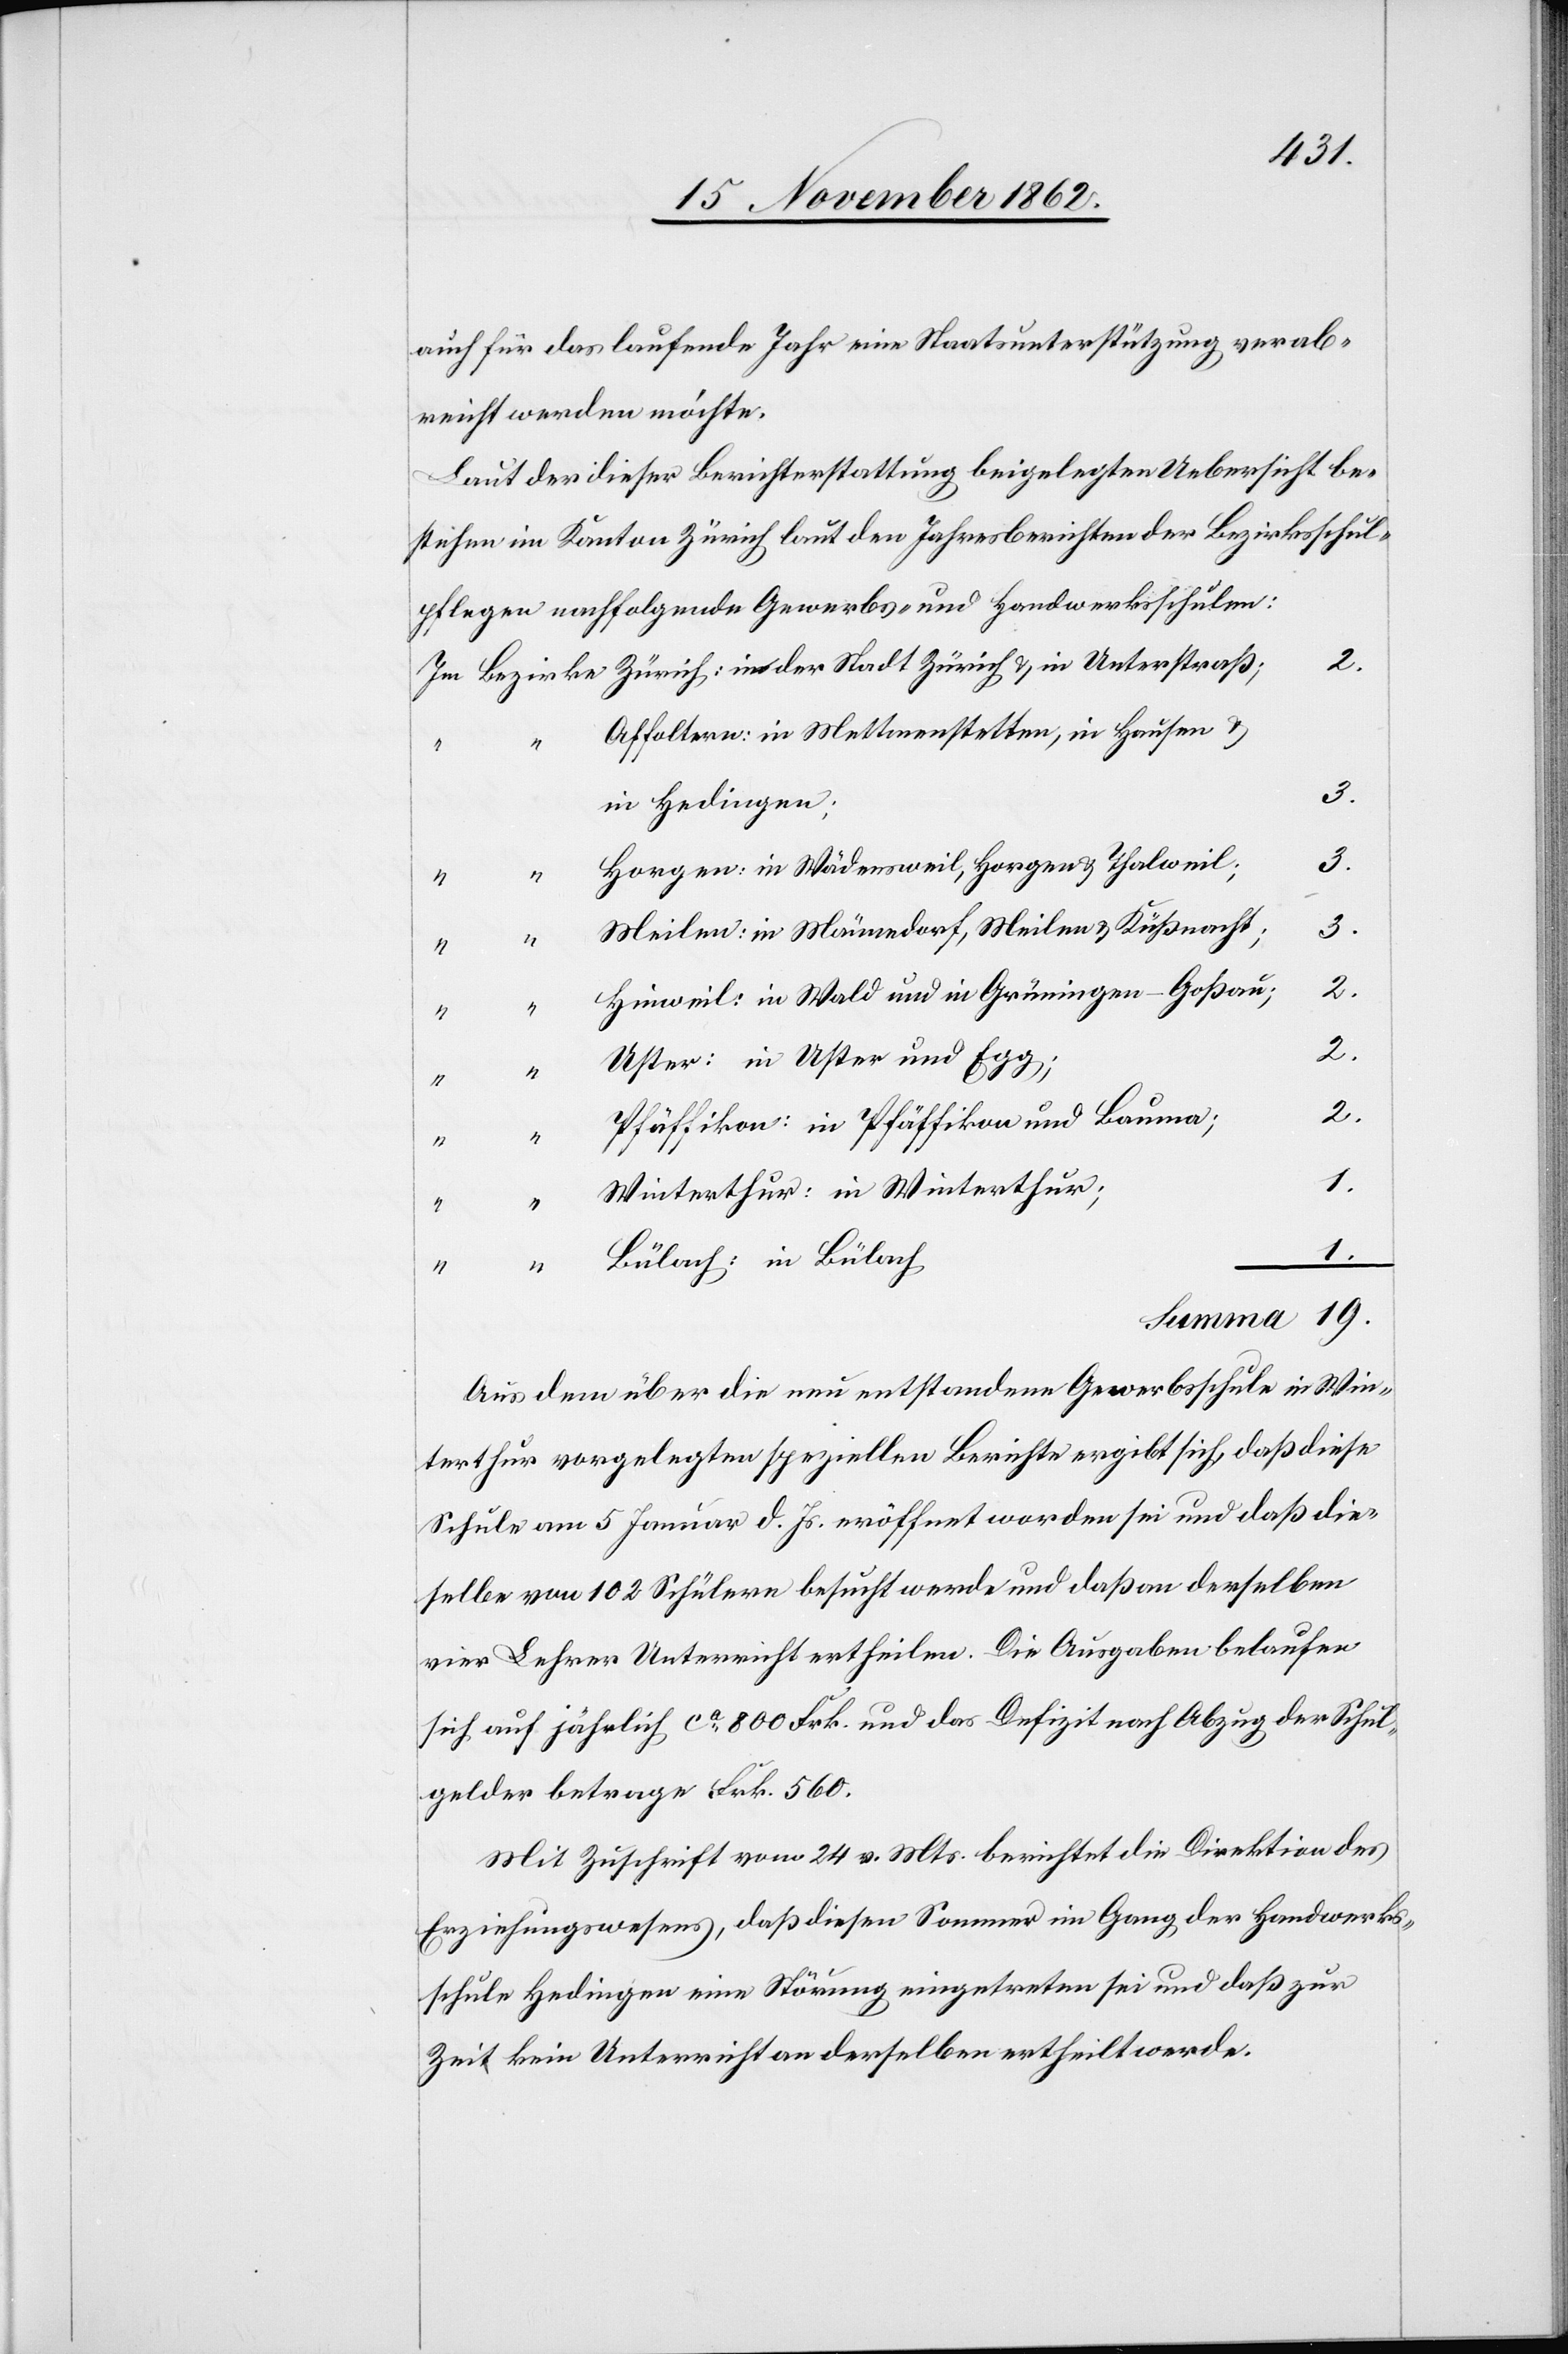
Im

auch für das laufende Jahr eine Staatsunterstützung verab¬
reicht werden möchte.
Laut der dieser Berichterstattung beigelegten Uebersicht be¬
stehen im Kanton Zürich laut den Jahresberichten der Bezirksschul¬
pflegen nachfolgende Gewerbs- und Handwerksschulen:
u.
Affoltern: in Mettmenstetten, in Hausen u.
in Hedingen;
3.
Horgen: in Wädensweil, Horgen u. Thalweil;
3.
Meilen: in Männedorf, Meilen u. Küßnacht;
3.
Hinweil: in Wald und in Grüningen-Goßau;
19.
2.
Uster: in Uster und Egg;
2.
Pfäffikon: in Pfäffikon und Bauma;
2.
Winterthur: in Winterthur;
1.
Bülach: in Bülach
in
Aus dem über die neu entstandene Gewerbsschule in Win¬
terthur vorgelegten speziellen Berichte ergibt sich, daß diese
Schule am 5. Januar d. Js. eröffnet worden sei und daß die¬
selbe von 102 Schülern besucht werde und daß an derselben
vier Lehrer Unterricht ertheilen. Die Ausgaben belaufen
sich auf jährlich ca 800 Frk. und das Defizit nach Abzug der Schul¬
gelder betrage Frk. 560.
Mit Zuschrift vom 24. v. Mts. berichtet die Direktion des
Erziehungswesens, daß diesen Sommer im Gang der Handwerks¬
schule Hedingen eine Störung eingetreten sei und daß zur
Zeit kein Unterricht an derselben ertheilt werde.